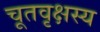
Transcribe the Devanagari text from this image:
चूतवृक्षस्य